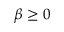
\beta \geq 0